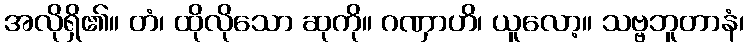
အလိုရှိ၏။ တံ၊ ထိုလိုသော ဆုကို။ ဂဏှာဟိ၊ ယူလော့။ သဗ္ဗဘူတာနံ၊